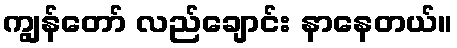
ကျွန်တော် လည်ချောင်း နာနေတယ်။